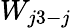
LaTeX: W_{j3-j}